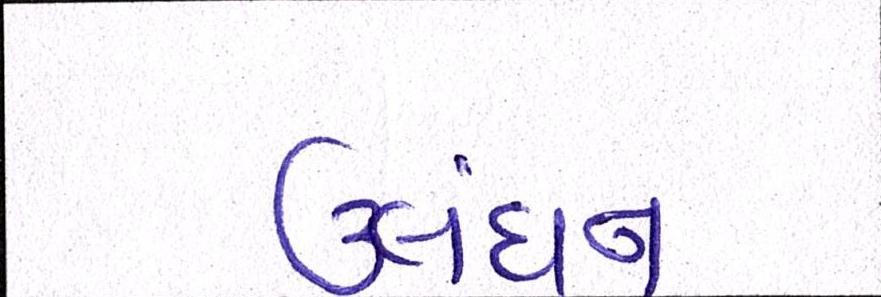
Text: ઉલંઘન